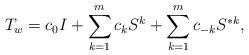
LaTeX: \begin{align*} T_w = c_0 I +\sum_{k=1}^m c_k S^k + \sum_{k=1}^m c_{-k} S^{*k},\end{align*}